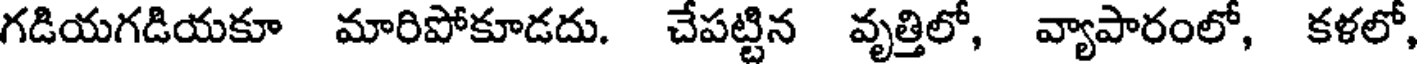
గడియగడియకూ మారిపోకూడదు. చేపట్టిన వృత్తిలో, వ్యాపారంలో, కళలో,